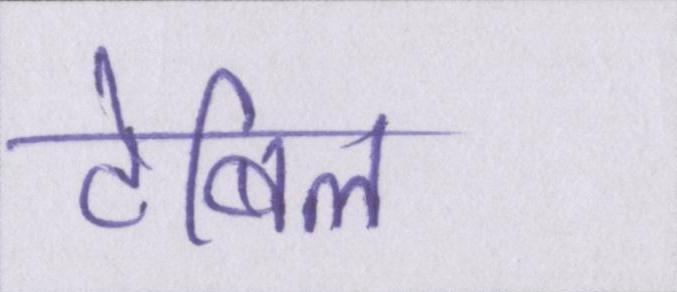
टेबिल